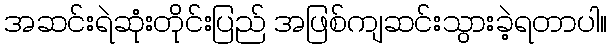
အဆင်းရဲဆုံးတိုင်းပြည် အဖြစ်ကျဆင်းသွားခဲ့ရတာပါ။